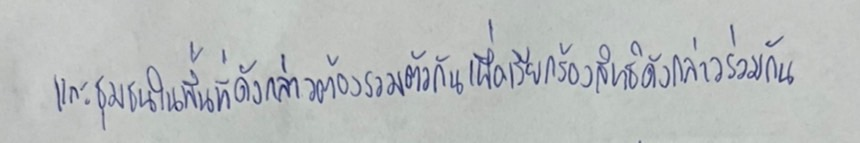
และชุมชนในพื้นที่ดังกล่าวต้องรวมตัวกันเพื่อเรียกร้องสิทธิดังกล่าวร่วมกัน